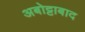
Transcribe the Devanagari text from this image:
अबोट्टाबाद